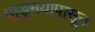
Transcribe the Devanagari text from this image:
वाङ्‌मयापासून